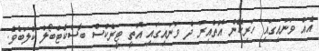
އެއް ވަނައިގައި ހަރިކޭން އޮތްއިރު ދެ ވަނައިގައި އޮތީ ޓީރެކްސް ބާސްކެޓްބޯލް ކްލަބެވެ.